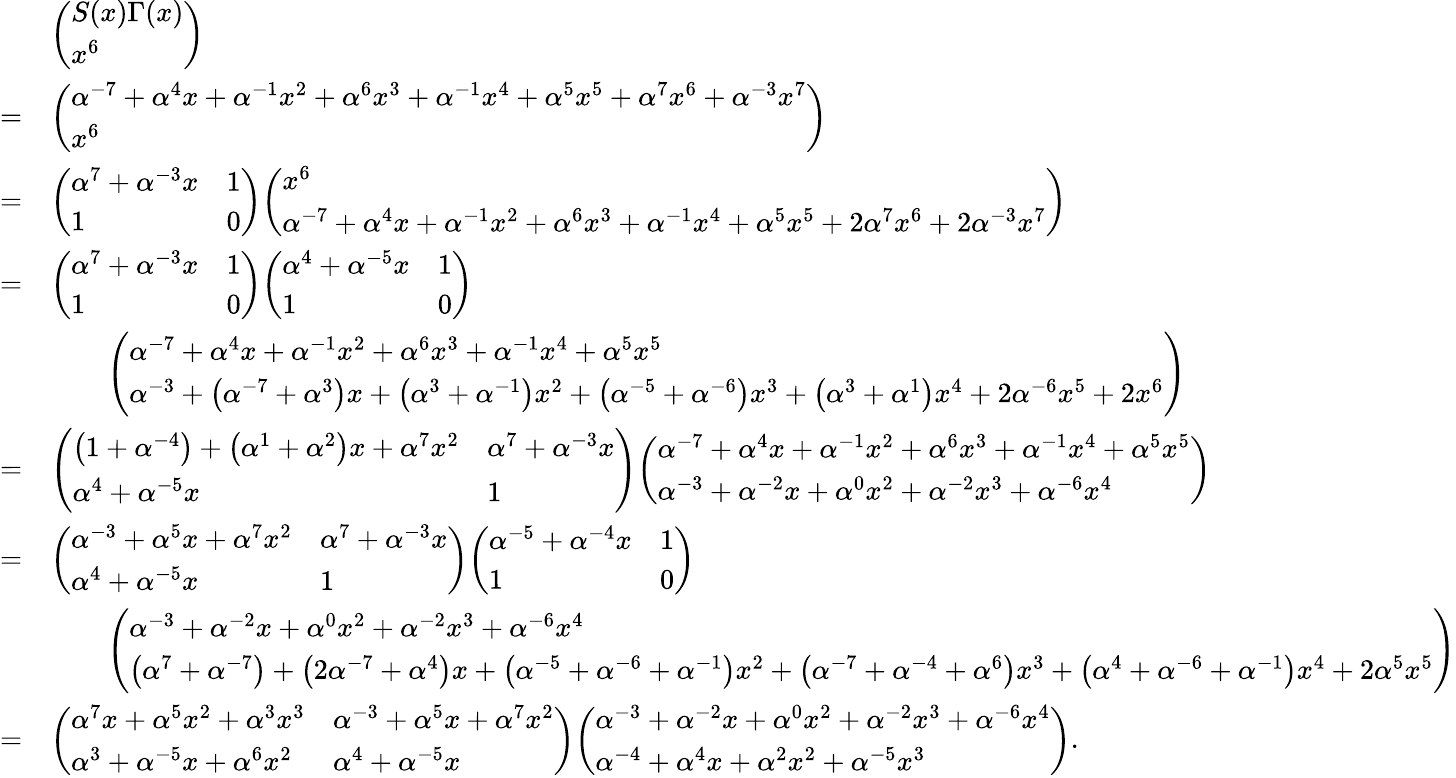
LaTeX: {\begin{array}{rl}&{{\left(\begin{array}{l}{S(x)\Gamma(x)}\\ {x^{6}}\end{array}\right)}}\\ {=}&{{\left(\begin{array}{l}{\alpha^{-7}+\alpha^{4}x+\alpha^{-1}x^{2}+\alpha^{6}x^{3}+\alpha^{-1}x^{4}+\alpha^{5}x^{5}+\alpha^{7}x^{6}+\alpha^{-3}x^{7}}\\ {x^{6}}\end{array}\right)}}\\ {=}&{{\left(\begin{array}{ll}{\alpha^{7}+\alpha^{-3}x}&{1}\\ {1}&{0}\end{array}\right)}{\left(\begin{array}{l}{x^{6}}\\ {\alpha^{-7}+\alpha^{4}x+\alpha^{-1}x^{2}+\alpha^{6}x^{3}+\alpha^{-1}x^{4}+\alpha^{5}x^{5}+2\alpha^{7}x^{6}+2\alpha^{-3}x^{7}}\end{array}\right)}}\\ {=}&{{\left(\begin{array}{ll}{\alpha^{7}+\alpha^{-3}x}&{1}\\ {1}&{0}\end{array}\right)}{\left(\begin{array}{ll}{\alpha^{4}+\alpha^{-5}x}&{1}\\ {1}&{0}\end{array}\right)}}\\ &{\qquad{\left(\begin{array}{l}{\alpha^{-7}+\alpha^{4}x+\alpha^{-1}x^{2}+\alpha^{6}x^{3}+\alpha^{-1}x^{4}+\alpha^{5}x^{5}}\\ {\alpha^{-3}+\left(\alpha^{-7}+\alpha^{3}\right)x+\left(\alpha^{3}+\alpha^{-1}\right)x^{2}+\left(\alpha^{-5}+\alpha^{-6}\right)x^{3}+\left(\alpha^{3}+\alpha^{1}\right)x^{4}+2\alpha^{-6}x^{5}+2x^{6}}\end{array}\right)}}\\ {=}&{{\left(\begin{array}{ll}{\left(1+\alpha^{-4}\right)+\left(\alpha^{1}+\alpha^{2}\right)x+\alpha^{7}x^{2}}&{\alpha^{7}+\alpha^{-3}x}\\ {\alpha^{4}+\alpha^{-5}x}&{1}\end{array}\right)}{\left(\begin{array}{l}{\alpha^{-7}+\alpha^{4}x+\alpha^{-1}x^{2}+\alpha^{6}x^{3}+\alpha^{-1}x^{4}+\alpha^{5}x^{5}}\\ {\alpha^{-3}+\alpha^{-2}x+\alpha^{0}x^{2}+\alpha^{-2}x^{3}+\alpha^{-6}x^{4}}\end{array}\right)}}\\ {=}&{{\left(\begin{array}{ll}{\alpha^{-3}+\alpha^{5}x+\alpha^{7}x^{2}}&{\alpha^{7}+\alpha^{-3}x}\\ {\alpha^{4}+\alpha^{-5}x}&{1}\end{array}\right)}{\left(\begin{array}{ll}{\alpha^{-5}+\alpha^{-4}x}&{1}\\ {1}&{0}\end{array}\right)}}\\ &{\qquad{\left(\begin{array}{l}{\alpha^{-3}+\alpha^{-2}x+\alpha^{0}x^{2}+\alpha^{-2}x^{3}+\alpha^{-6}x^{4}}\\ {\left(\alpha^{7}+\alpha^{-7}\right)+\left(2\alpha^{-7}+\alpha^{4}\right)x+\left(\alpha^{-5}+\alpha^{-6}+\alpha^{-1}\right)x^{2}+\left(\alpha^{-7}+\alpha^{-4}+\alpha^{6}\right)x^{3}+\left(\alpha^{4}+\alpha^{-6}+\alpha^{-1}\right)x^{4}+2\alpha^{5}x^{5}}\end{array}\right)}}\\ {=}&{{\left(\begin{array}{ll}{\alpha^{7}x+\alpha^{5}x^{2}+\alpha^{3}x^{3}}&{\alpha^{-3}+\alpha^{5}x+\alpha^{7}x^{2}}\\ {\alpha^{3}+\alpha^{-5}x+\alpha^{6}x^{2}}&{\alpha^{4}+\alpha^{-5}x}\end{array}\right)}{\left(\begin{array}{l}{\alpha^{-3}+\alpha^{-2}x+\alpha^{0}x^{2}+\alpha^{-2}x^{3}+\alpha^{-6}x^{4}}\\ {\alpha^{-4}+\alpha^{4}x+\alpha^{2}x^{2}+\alpha^{-5}x^{3}}\end{array}\right)}.}\end{array}}